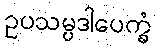
ဥပသမ္ပဒါပေက္ခံ